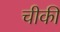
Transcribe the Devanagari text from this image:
चीकी